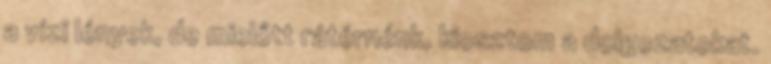
a vízi lények, de mielőtt rátérnénk, kiosztom a dolgozatokat.